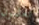
تعلمون